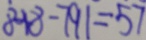
8 4 8 - 7 9 1 = 5 7